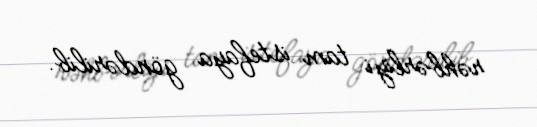
rəhbərliyi tam istefaya göndərilib.